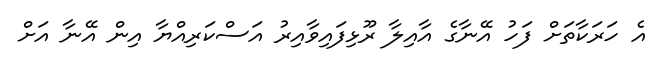
އެ ހަރަކާތަށް ފަހު އޭނާގެ އާއިލާ ރޫޅިފައިވާއިރު އަސްކަރިއްޔާ އިން އޭނާ އަށް